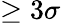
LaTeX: \geq 3\sigma